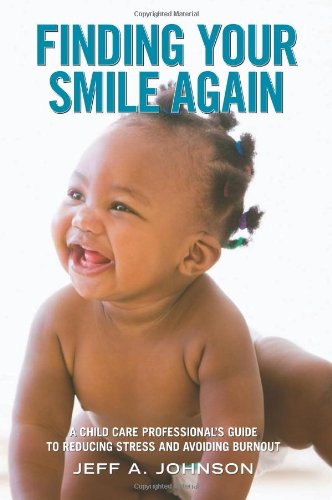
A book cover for Finding Your Smile Again: A Child Care Professional's Guide to Reducing Stress and Avoiding Burnout; Jeff A. Johnson; Health, Fitness & Dieting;